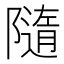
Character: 隨